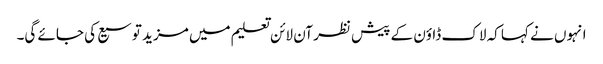
انہوں نے کہا کہ لاک ڈاؤن کے پیش نظر آن لائن تعلیم میں مزید توسیع کی جائے گی۔